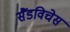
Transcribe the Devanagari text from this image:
सैंडविचेस